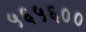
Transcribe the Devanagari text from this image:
५६५६००